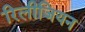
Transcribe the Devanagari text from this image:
रिलीजियन